Report of veterinary surgeon J.H. Steel, A.V.D., on his investigation into an obscure and fatal disease among transport mules in British Burma
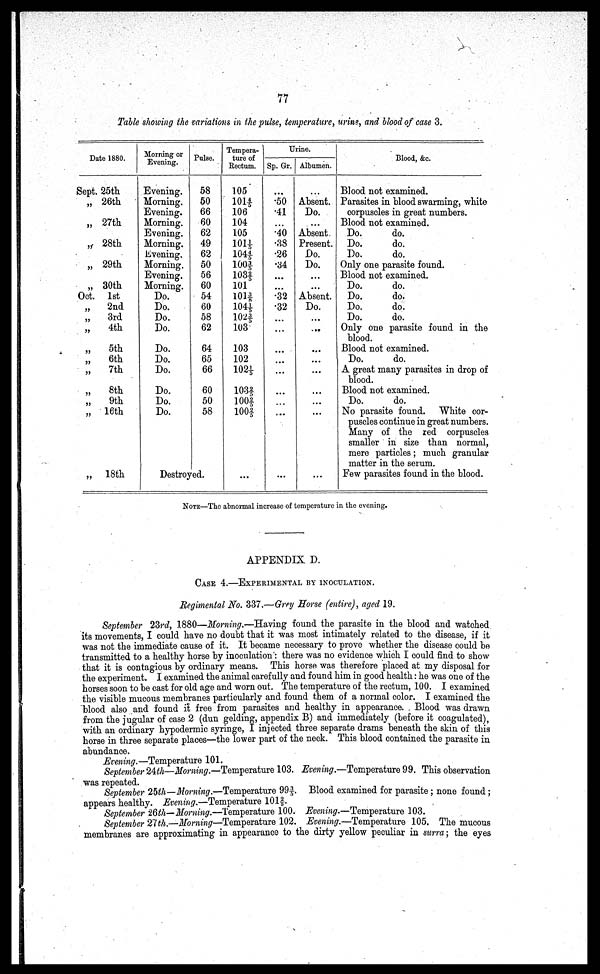
77
Table showing the variations in the puke, temperature, urine, and blood of case 3.
Date 1880.
Sept. 25th.
„ 26th
„ 27th
„ 28th
„ 29th
„ 30th
Oct. 1st
„
2nd
„
3rd
„
4th
„
5th
„
6th
„
7th
„
8th
„
9th
„ 16th
„
18th
Morning or
Evening.
Evening.
Morning.
Evening.
Morning.
Evening.
Morning.
livening.
Morning.
Evening.
Morning.
Do.
Do.
Do.
Do.
Do.
Do.
Do.
Do.
Do.
Do.
Pulse.
58
50
66
60
62
49
62
50
56
60
54
60
58
62
64
65
66
60
50
58
Destroyed.
Tempera-
ture of
Rectum.
105
101 4/5
106
104
105
101 1/5
104 4/5
100 3/5
103f
101
101 3/8
104 1/5
102 3/5
103
103
102
102 1/5
103 2/5
100 2/5
100 2/5
...
Urine.
Sp. Gr.
.50
.41
...
.40
.38
.26
.34
...
...
.32
.32
...
...
...
...
...
...
...
...
...
Albumen.
Absent.
Do.
...
Absent
Present.
Do.
Do.
...
...
Absent.
Do.
...
...
...
...
...
...
...
...
...
Blood, &c.
Blood not examined.
Parasites in blood swarming, white
corpuscles in great numbers.
Blood not examined.
Do.
do.
Do.
do.
Do.
do.
Only one parasite found.
Blood not examined.
Do.
do.
Do.
do.
Do.
do.
Do.
do.
Only one parasite found in the
blood.
Blood not examined.
Do.
do.
A great many parasites in drop of
blood.
Blood not examined.
Do.
do.
No parasite found . White cor-
puscles continue in great numbers.
Many of the red corpuscles
smaller in size than normal,
mere particles ; much granular
matter in the serum.
Few parasites found in the blood.
NOTE—The abnormal increase of temperature in the evening.
APPENDIX D.
CASE 4.—EXPERIMENTAL BY INOCULATION.
Regimental No. 337.—Grey Horse (entire), aged 19.
September 23rd, 1880—Morning.—Having found the parasite in the blood and watched
its movements, I could have no doubt that it was most intimately related to the disease, if it
was not the immediate cause of it. It became necessary to prove whether the disease could be
transmitted to a healthy horse by inoculation: there was no evidence which I could find to show
that it is contagious by ordinary means. This horse was therefore placed at my disposal for
the experiment. I examined the animal carefully and found him in good health: he was one of the
horses soon to be cast for old age and worn out. The temperature of the rectum, 100. I examined
the visible mucous membranes particularly and found them of a normal color. I examined the
blood also and found it free from parasites and healthy in appearance. Blood was drawn
from the jugular of case 2 (dun gelding, appendix B) and immediately (before it coagulated),
with an ordinary hypodermic syringe, I injected three separate drams beneath the skin of this
horse in three separate places—the lower part of the neck. This blood contained the parasite in
abundance.
Evening.—Temperature 101.
September 24th—Morning.—Temperature 103. Evening.—Temperature 99. This observation
was repeated.
September 25th—Morning.—Temperature 99 3/5. Blood examined for parasite; none found;
appears healthy. Evening.—Temperature 101 2/5.
September 26th—Morning.—Temperature 100. Evening.—Temperature 103.
September 27th.—Morning—Temperature 102. Evening.—Temperature 105. The mucous
membranes are approximating in appearance to the dirty yellow peculiar in surra; the eyes